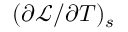
( \partial \mathcal { L } / \partial T ) _ { s }